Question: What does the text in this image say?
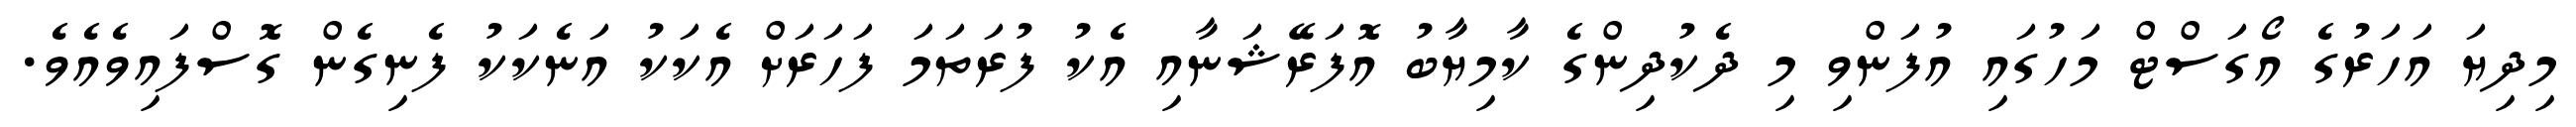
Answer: މިދިޔަ އަހަރުގެ އޯގަސްޓް މަހުގައި އުފަންވި މި ދެކުދިންގެ ކާމިޔާބު އޮފަރޭޝަނާއި އެކު ފުރަތަމަ ފަހަރަށް އެކަކު އަނެކަކު ފެނިގެން ގޮސްފައިވެއެވެ.